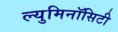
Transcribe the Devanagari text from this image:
ल्युमिनॉसिटी